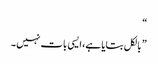
“
” بالکل بتایا ہے، ایسی بات نہیں ۔